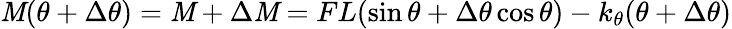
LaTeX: \mathit{M}(\theta+\Delta\theta)=\mathit{M}+\Delta\mathit{M}=FL(\sin\theta+\Delta\theta\cos\theta)-k_{\theta}(\theta+\Delta\theta)